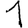
Digit: 1